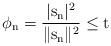
LaTeX: \begin{align*} \mathrm{\phi_{n}=\frac{\vert s_{n}\vert^{2}}{\Vert s_{n}\Vert^{2}}\leq t}\end{align*}